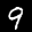
Label: 9